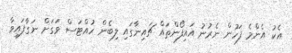
އެކު އެންމެ ފަހުން ނެރުނު އައިފޯންތައް ޗައިނާގައި ލިބެން ހުއްޓަސް ވަގަށް ނަގާފައިވާ